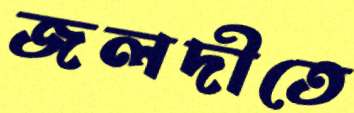
জলদীতে